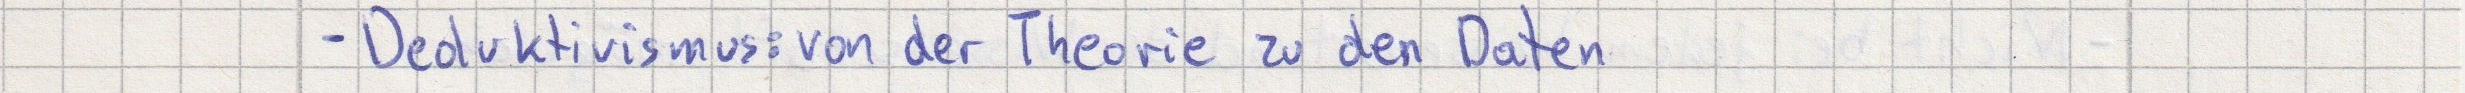
- Deduktivismus: von der Theorie zu den Daten